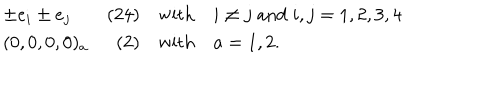
LaTeX: \begin{array} { l r c l } { { \pm e _ { i } \pm e _ { j } } } & { { ( 2 4 ) } } & { { \mathrm { w i t h } } } & { { i \neq j \; \mathrm { a n d } \; i , j = 1 , 2 , 3 , 4 } } \\ { { ( 0 , 0 , 0 , 0 ) _ { a } } } & { { ( 2 ) } } & { { \mathrm { w i t h } } } & { { a = 1 , 2 . } } \\ \end{array}